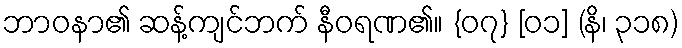
ဘာဝနာ၏ ဆန့်ကျင်ဘက် နီဝရဏ၏။ {၀၇} [၀၁] (နိ၊ ၃၁၈)